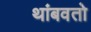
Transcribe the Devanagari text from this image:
थांबवतो